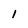
Character: 1